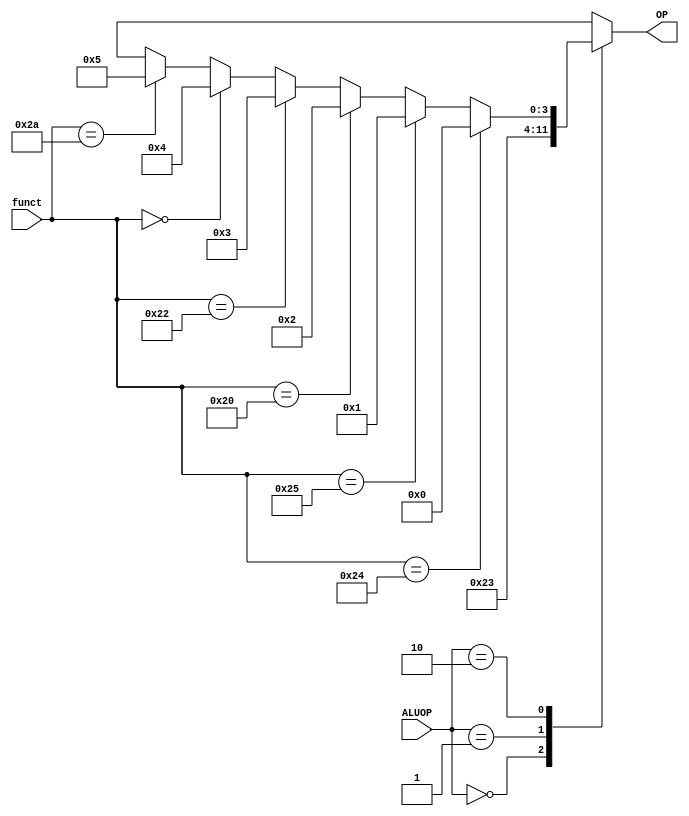
module Alu_Control (ALUOP , funct, OP);

input [1:0] ALUOP ;
input [5:0] funct ;
output reg [3:0] OP ;

always@(ALUOP or funct )
begin 
case (ALUOP)

0: OP <= 2; // add (lw,sw) 
1: OP <= 3; // sub (beq)
2: // R-type
	begin
	OP <= (funct==36)? 0: //and
              (funct==37)? 1: //or
              (funct==32)? 2: //add
	      (funct==34)? 3: //sub
	      (funct==0) ? 4: //sll
	      (funct==42)? 5:4'bx ; //slt	 
	   end

default: OP <= 4'bx;
endcase
end
endmodule